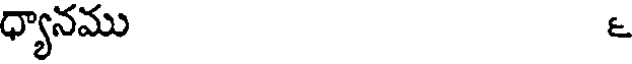
ధ్యానము ౬